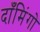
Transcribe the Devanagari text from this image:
दाँमिंगो